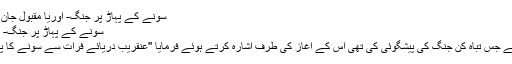
سونے کے پہاڑ پر جنگ- اوریا مقبول جان - Daleel.Pk
سونے کے پہاڑ پر جنگ- اوریا مقبول جان
سید الانبیاء ﷺ نے جس تباہ کن جنگ کی پیشگوئی کی تھی اس کے آغاز کی طرف اشارہ کرتے ہوئے فرمایا ''عنقریب دریائے فرات سے سونے کا پہاڑ نمودار ہوگا۔